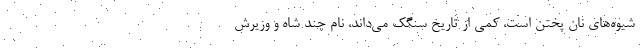
شيوه‌هاي نان پختن است، كمي از تاريخ سنگك مي‌داند، نام چند شاه و وزيرش